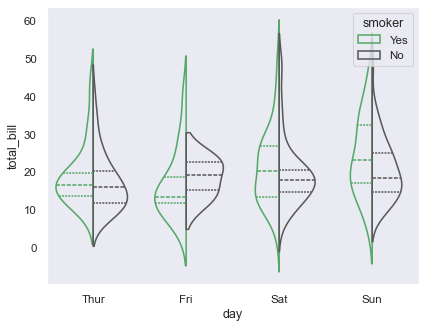
python, seaborn, violinplot